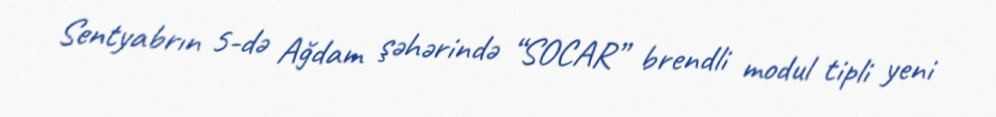
Sentyabrın 5-də Ağdam şəhərində “SOCAR” brendli modul tipli yeni